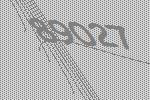
89027